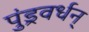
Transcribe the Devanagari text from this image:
पुंड्रवर्धन्